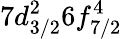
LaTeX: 7d_{3/2}^{2}6f_{7/2}^{4}